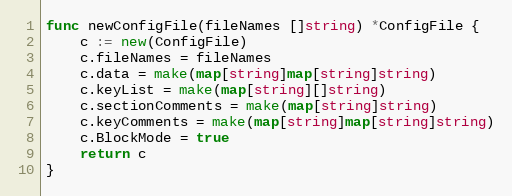
Language: Go
func newConfigFile(fileNames []string) *ConfigFile {
	c := new(ConfigFile)
	c.fileNames = fileNames
	c.data = make(map[string]map[string]string)
	c.keyList = make(map[string][]string)
	c.sectionComments = make(map[string]string)
	c.keyComments = make(map[string]map[string]string)
	c.BlockMode = true
	return c
}